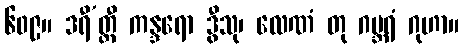
၆၀၉။ ဒရီ’တ္ထီ ကန္ဒရော ဒွီသု၊ လေဏံ တု ဂဗ္ဘရံ ဂုဟာ။